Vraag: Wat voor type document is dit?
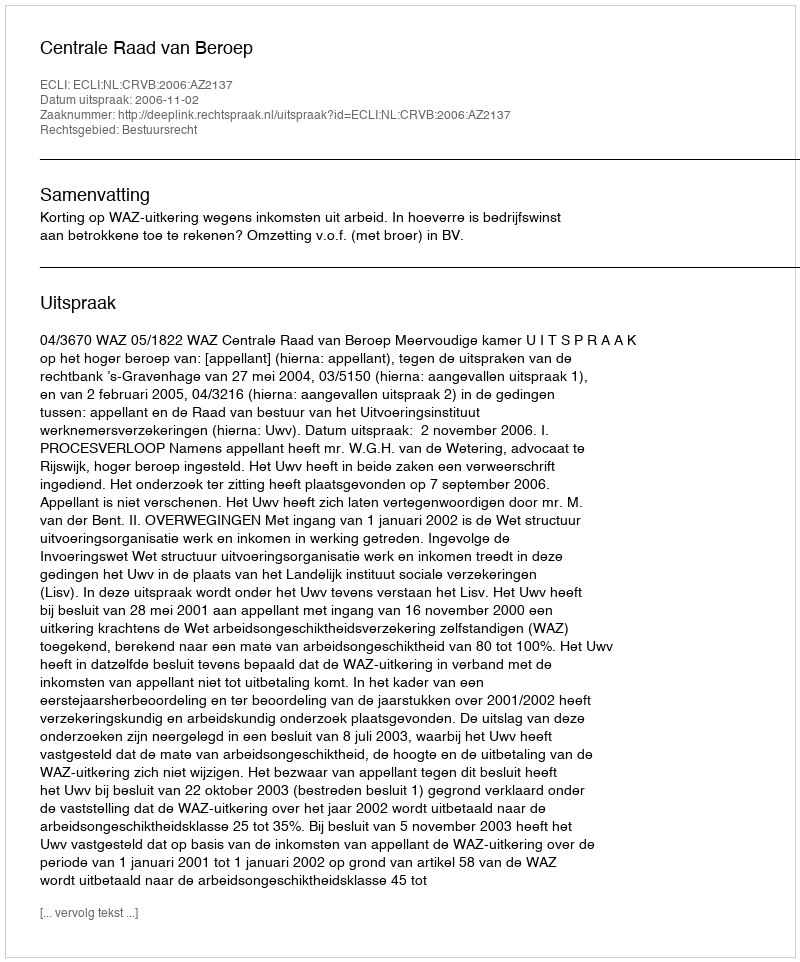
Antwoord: Uitspraak